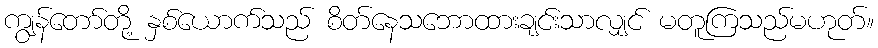
ကျွန်တော်တို့ နှစ်ယောက်သည် စိတ်နေသဘောထားချင်းသာလျှင် မတူကြသည်မဟုတ်။